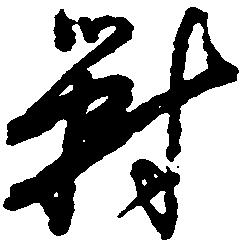
対